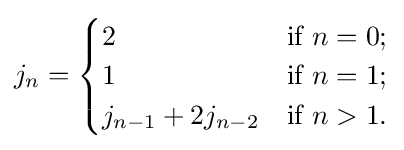
j_{n}={\begin{cases}2&{\mbox{if }}n=0;\\1&{\mbox{if }}n=1;\\j_{n-1}+2j_{n-2}&{\mbox{if }}n>1.\\\end{cases}}